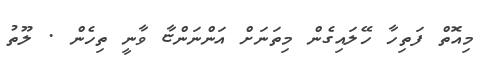
މިއޮތް ފަތިހާ ހޭލައިގެން މިތަނަށް އަންނަންޏާ ވާނީ ތިހެން . ލޫތު